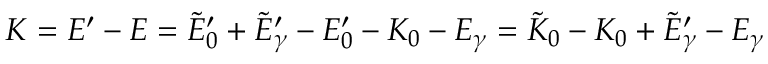
K = E ^ { \prime } - E = \tilde { E } _ { 0 } ^ { \prime } + \tilde { E } _ { \gamma } ^ { \prime } - E _ { 0 } ^ { \prime } - K _ { 0 } - E _ { \gamma } = \tilde { K } _ { 0 } - K _ { 0 } + \tilde { E } _ { \gamma } ^ { \prime } - E _ { \gamma }